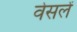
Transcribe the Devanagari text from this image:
वेसलें